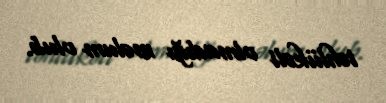
təhlükəli olmadığı məlum olub.